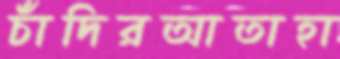
চাঁদিরআতাহা